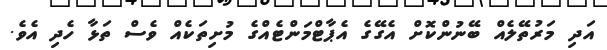
އަދި މަރުތޭލެއް ބޭނުންކޮށް އެގޭގެ އެޕާޓްމަންޓެއްގެ މުށިތަކެއް ވެސް ތަޅާ ހެދި އެވެ.